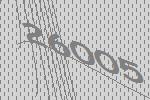
26005